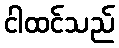
ငါထင်သည်